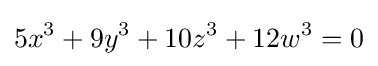
5x^{3}+9y^{3}+10z^{3}+12w^{3}=0